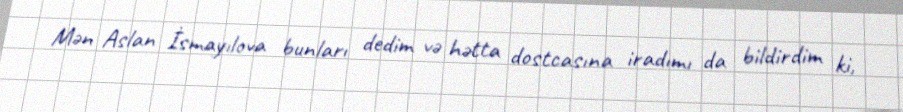
Mən Aslan İsmayılova bunları dedim və hətta dostcasına iradımı da bildirdim ki,